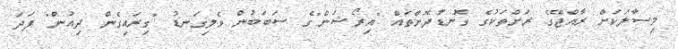
މިސާލަކަށް ރާއްޖޭގެ ރަށްތަކުގެ ގޮނޑުދޮށްތައް "އިރޯޝަން"ގެ ސަބަބުން ވެލިގަނޑު "ގިރައިގެން ދިއުން" ފަދަ